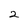
Character: 2